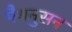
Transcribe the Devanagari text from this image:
मैगनुसन